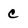
Character: c